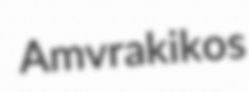
Amvrakikos